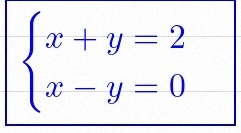
\begin{cases}x+y=2\\x-y=0\end{cases}